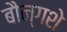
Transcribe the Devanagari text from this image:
बौन्गशे